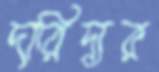
দারিদ্র্যর